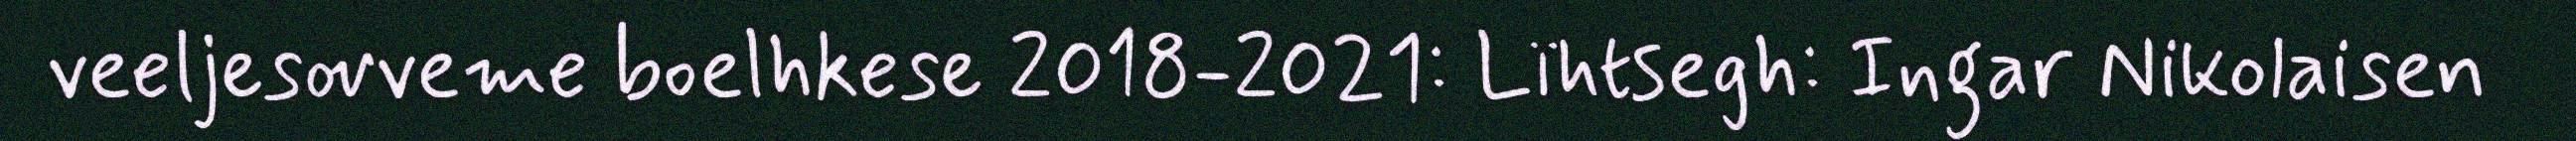
veeljesovveme boelhkese 2018-2021: Lïhtsegh: Ingar Nikolaisen